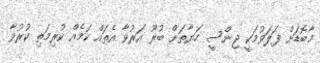
މާބޮޑަށް ފަލަވުމަކީ ޖިންސީ ހަޔާތަށް ބުރޫ އަރުވާ އެތައް ކަމެއް ކުރިމަތި ކުރުވާ